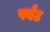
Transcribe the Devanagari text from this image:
पर्यंट